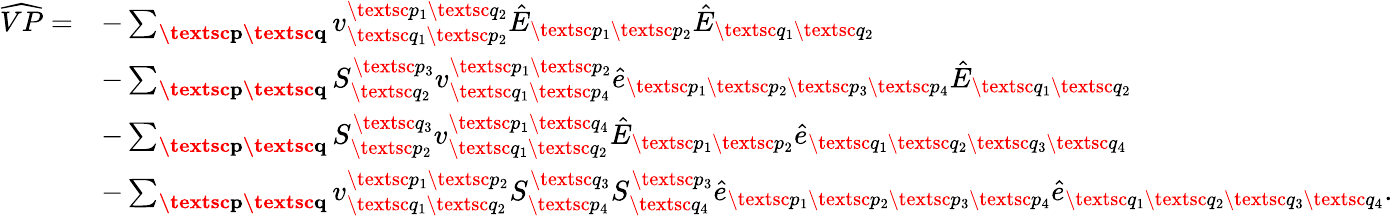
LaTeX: \begin{array}{rl}{\widehat{VP}=}&{-\sum_{\substack{\textbf{\textsc{p}}\textbf{\textsc{q}}}}v_{\textsc{q}_{1}\textsc{p}_{2}}^{\textsc{p}_{1}\textsc{q}_{2}}\hat{E}_{\textsc{p}_{1}\textsc{p}_{2}}\hat{E}_{\textsc{q}_{1}\textsc{q}_{2}}}\\ &{-\sum_{\textbf{\textsc{p}}\textbf{\textsc{q}}}S_{\textsc{q}_{2}}^{\textsc{p}_{3}}{v}_{\textsc{q}_{1}\textsc{p}_{4}}^{\textsc{p}_{1}\textsc{p}_{2}}\hat{e}_{\textsc{p}_{1}\textsc{p}_{2}\textsc{p}_{3}\textsc{p}_{4}}\hat{E}_{\textsc{q}_{1}\textsc{q}_{2}}}\\ &{-\sum_{\textbf{\textsc{p}}\textbf{\textsc{q}}}S_{\textsc{p}_{2}}^{\textsc{q}_{3}}{v}_{\textsc{q}_{1}\textsc{q}_{2}}^{\textsc{p}_{1}\textsc{q}_{4}}\hat{E}_{\textsc{p}_{1}\textsc{p}_{2}}\hat{e}_{\textsc{q}_{1}\textsc{q}_{2}\textsc{q}_{3}\textsc{q}_{4}}}\\ &{-\sum_{\textbf{\textsc{p}}\textbf{\textsc{q}}}{v}_{\textsc{q}_{1}\textsc{q}_{2}}^{\textsc{p}_{1}\textsc{p}_{2}}S_{\textsc{p}_{4}}^{\textsc{q}_{3}}S_{\textsc{q}_{4}}^{\textsc{p}_{3}}\hat{e}_{\textsc{p}_{1}\textsc{p}_{2}\textsc{p}_{3}\textsc{p}_{4}}\hat{e}_{\textsc{q}_{1}\textsc{q}_{2}\textsc{q}_{3}\textsc{q}_{4}}.}\end{array}